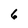
Character: 6